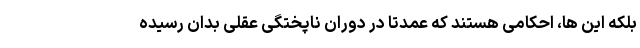
بلکه این ها، احکامی هستند که عمدتاً در دوران ناپختگی عقلی بدان رسیده